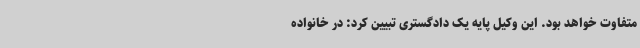
متفاوت خواهد بود. این وکیل پایه یک دادگستری تبیین کرد: در خانواده